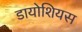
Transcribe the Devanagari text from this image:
डायोशियस